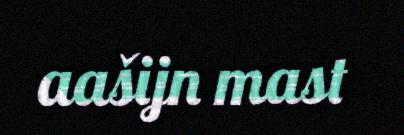
aašijn mast